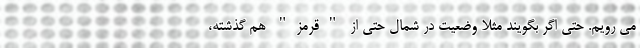
می رویم. حتی اگر بگویند مثلاً وضعیت در شمال حتی از "قرمز" هم گذشته،